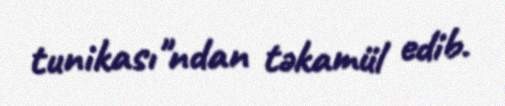
tunikası"ndan təkamül edib.